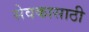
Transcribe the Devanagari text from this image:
सेवकासाठी